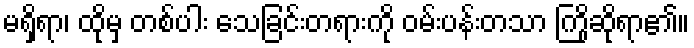
မရှိရာ၊ ထိုမှ တစ်ပါး သေခြင်းတရားကို ဝမ်းပန်းတသာ ကြိုဆိုရာ၏။